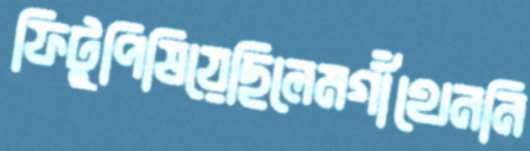
ফিটুপিষিয়েছিলেমগাঁথেননি